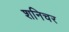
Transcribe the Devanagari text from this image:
शनिचर